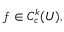
f \in C _ { c } ^ { k } ( U ) ,